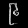
Digit: ၉